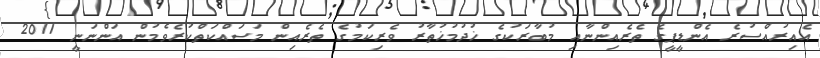
އެއިރުއްސުރެ އެންޑީޕީގެ ތެރެއިންނާއި މުބާރަކުގެ ޚުދުމުޚުތާރު ވެރިކަމުގެ ތެރެއިން މަސައްކަތްކުރެވެމުން އަންނަނީ 2011